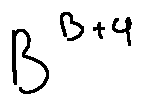
B ^ { B + 4 }